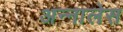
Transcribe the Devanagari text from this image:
अन्नालेस